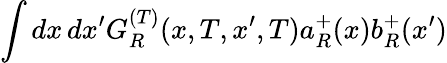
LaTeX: \int dx\, dx^{\prime}G_{R}^{(T)}(x,T,x^{\prime},T)a_{R}^{+}(x)b_{R}^{+}(x^{\prime})